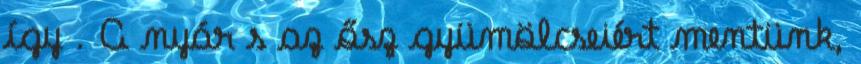
így . A nyár s az ősz gyümölcseiért mentünk,